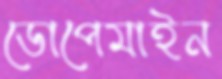
ডোপেমাইন